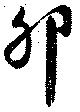
卯